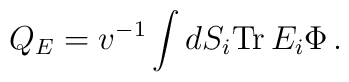
Q_E  =  v^{-1}\int dS_i {\rm Tr}\, E_i\Phi \, .